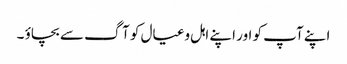
اپنے آپ کو اور اپنے اہل وعیال کو آگ سے بچاؤ ۔